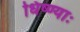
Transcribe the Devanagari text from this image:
धिष्ण्याः